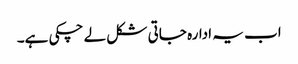
اب یہ ادارہ جاتی شکل لے چکی ہے۔